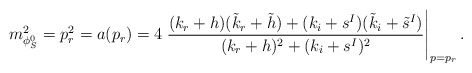
\begin{align*}m^2_{\phi_S^0}=p^2_r=a(p_r)=4\left.\frac{(k_r+h)(\tilde{k}_r+\tilde{h})+ (k_i+s^I)(\tilde{k}_i+\tilde{s}^I)} {(k_r+h)^2+(k_i+s^I)^2}\right|_{p=p_r}.\end{align*}